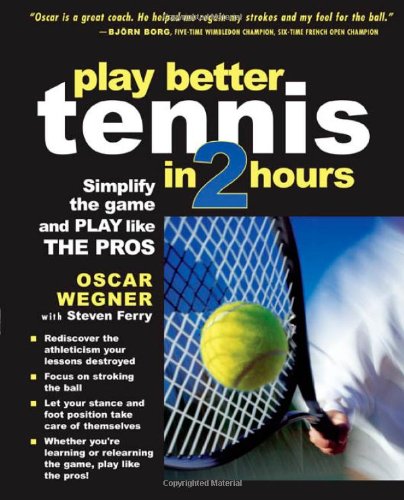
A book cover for Play Better Tennis in Two Hours; Oscar Wegner; Sports & Outdoors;